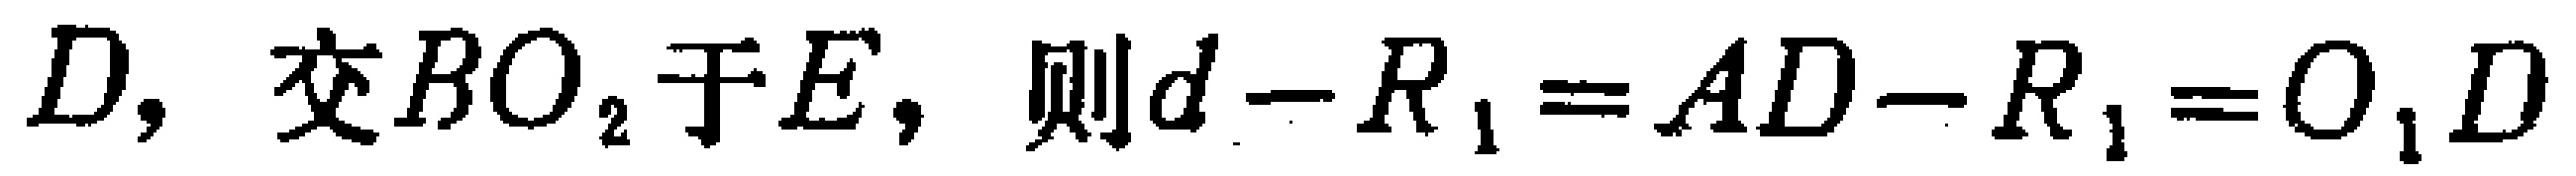
$D,交BO_{2}于E,则d - R_{1}=AD - R_{1}=O_{1}D$